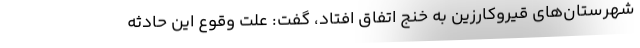
شهرستان‌های قیروکارزین به خنج اتفاق افتاد، گفت: علت وقوع این حادثه